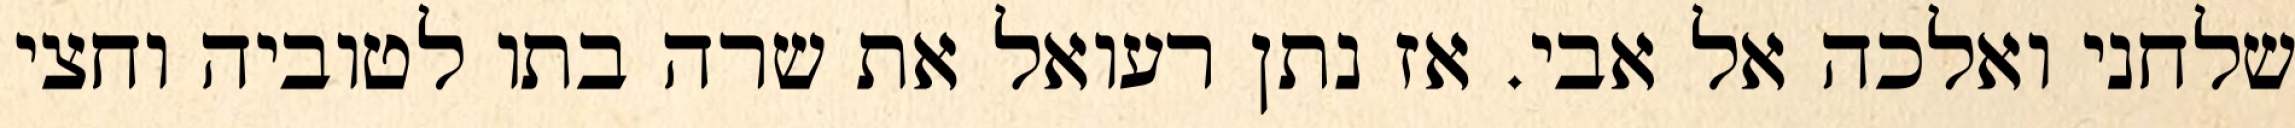
שלחני ואלכה אל אבי. אז נתן רעואל את שרה בתו לטוביה וחצי